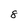
Character: 8